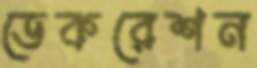
ডেকরেশন